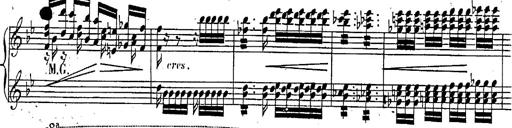
Title: Marche et Cavatine de Lucie de Lammermoor, S.398
Composer: Franz Liszt